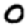
Digit: 0